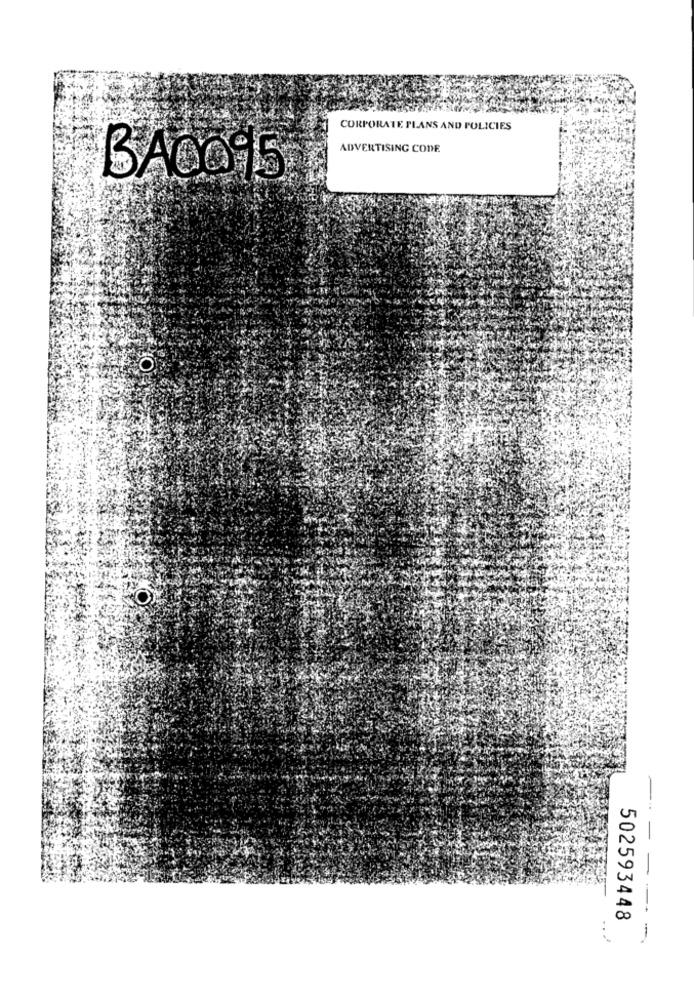
CORPORATE PLANS AND POLICIES
ADVERTISING CODE
BACO15
O
O
502593448